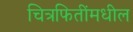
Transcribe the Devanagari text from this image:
चित्रफितींमधील